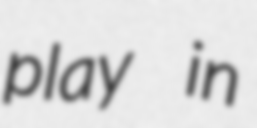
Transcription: play in